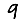
Digit: 9